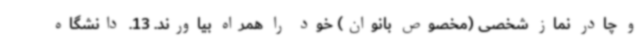
و چادر نماز شخصی (مخصوص بانوان) خود را همراه بیاورند. 13. دانشگاه